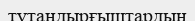
тұтандырғыштардың